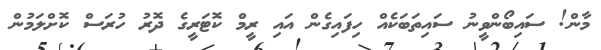
މާން! ސައިބޯންވީނު ސައިތަބަކެއް ހިފައިގެން އައި ރީމް ކޮޓަރީގެ ދޮރު ހުރަސް ކޮށްލަމުން